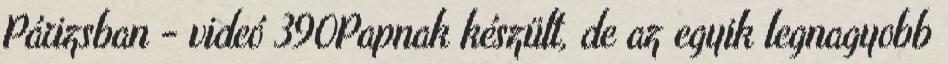
Párizsban - videó 390Papnak készült, de az egyik legnagyobb